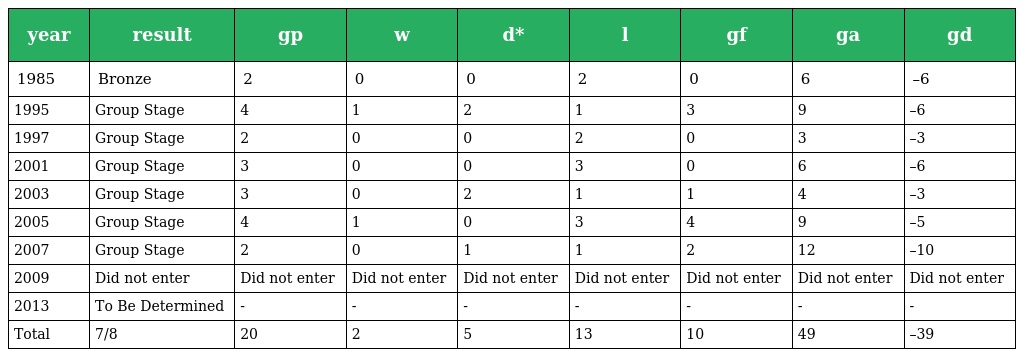
| year | result | gp | w | d* | l | gf | ga | gd |
 | --- | --- | --- | --- | --- | --- | --- | --- | --- |
 | 1985 | Bronze | 2 | 0 | 0 | 2 | 0 | 6 | –6 |
 | 1995 | Group Stage | 4 | 1 | 2 | 1 | 3 | 9 | –6 |
 | 1997 | Group Stage | 2 | 0 | 0 | 2 | 0 | 3 | –3 |
 | 2001 | Group Stage | 3 | 0 | 0 | 3 | 0 | 6 | –6 |
 | 2003 | Group Stage | 3 | 0 | 2 | 1 | 1 | 4 | –3 |
 | 2005 | Group Stage | 4 | 1 | 0 | 3 | 4 | 9 | –5 |
 | 2007 | Group Stage | 2 | 0 | 1 | 1 | 2 | 12 | –10 |
 | 2009 | Did not enter | Did not enter | Did not enter | Did not enter | Did not enter | Did not enter | Did not enter | Did not enter |
 | 2013 | To Be Determined | - | - | - | - | - | - | - |
 | Total | 7/8 | 20 | 2 | 5 | 13 | 10 | 49 | –39 |